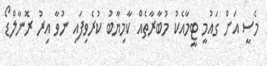
މެސީ އަށް ގައުމީ ޓީމާއެކު މުބާރާތެއް ކާމިޔާބު ކުރެވިފައި ނުވާ އިރު ރޮނާލްޑޯ